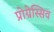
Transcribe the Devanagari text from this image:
प्रोग्रेस्सिव